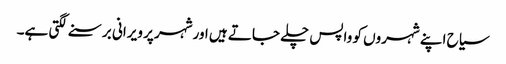
سیاح اپنے شہروں کو واپس چلے جاتے ہیں اورشہر پر ویرانی برسنے لگتی ہے۔